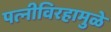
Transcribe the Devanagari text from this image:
पत्‍नीविरहामुळे